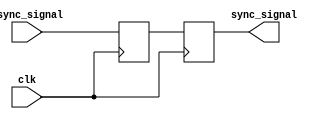
module synchronizer #(parameter WIDTH = 1) (
    input [WIDTH-1:0] async_signal,
    input clk,
    output [WIDTH-1:0] sync_signal
);
    // TODO: Create your 2 flip-flop synchronizer here
    // This module takes in a vector of WIDTH-bit asynchronous
    // (from different clock domain or not clocked, such as button press) signals
    // and should output a vector of WIDTH-bit synchronous signals
    // that are synchronized to the input clk

    // Remove this line once you create your synchronizer
    // assign sync_signal = 0;

    
    reg [WIDTH-1:0] r1 = 0, r2 = 0;
    always @(posedge clk) begin 
        r1 <= async_signal;
        r2 <= r1;
    end
    assign sync_signal = r2;



endmodule